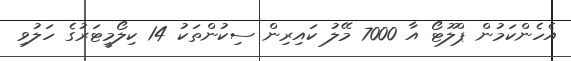
އެހެންކަމުން ޕްލޫޓޯ އާ 7000 މޭލު ކައިރިން ސިކުންތަކު 14 ކިލޯމީޓަރުގެ ހަލުވި